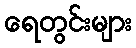
ရေတွင်းများ